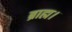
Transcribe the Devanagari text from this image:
ब्राह्म।